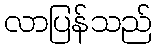
လာပြန်သည်